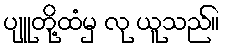
ပျူတို့ထံမှ လု ယူသည်။